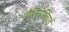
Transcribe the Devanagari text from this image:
पौलिनेशियाई